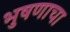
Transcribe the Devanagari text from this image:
भुषणाचा